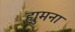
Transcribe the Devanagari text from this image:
ह्युमना